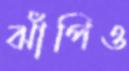
ঝাঁপিও